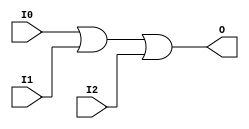
module OR3 (O, I0, I1, I2);

    output O;

    input  I0, I1, I2;

    or O1 (O, I0, I1, I2);


endmodule